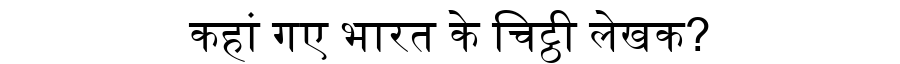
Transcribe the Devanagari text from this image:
कहां गए भारत के चिट्ठी लेखक?